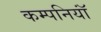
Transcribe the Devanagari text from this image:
कम्पनियॉं